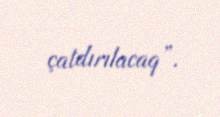
çatdırılacaq”.